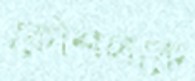
কৌশলকে